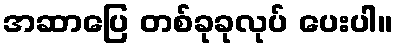
အဆာပြေ တစ်ခုခုလုပ် ပေးပါ။